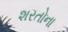
શરતોના